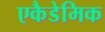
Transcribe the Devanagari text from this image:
एकैडेमिक